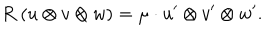
LaTeX: R \; ( u \otimes v \otimes w ) = \mu \cdot u ^ { \prime } \otimes v ^ { \prime } \otimes w ^ { \prime } .